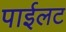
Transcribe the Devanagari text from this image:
पाईलट